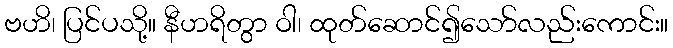
ဗဟိ၊ ပြင်ပသို့။ နီဟရိတွာ ဝါ၊ ထုတ်ဆောင်၍သော်လည်းကောင်း။